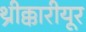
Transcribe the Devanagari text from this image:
थ्रीक्कारीयूर